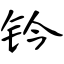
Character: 钤